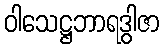
ဝါသေဋ္ဌဘာရဒွါဇာ